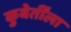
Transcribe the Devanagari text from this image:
कुबेर्तींला